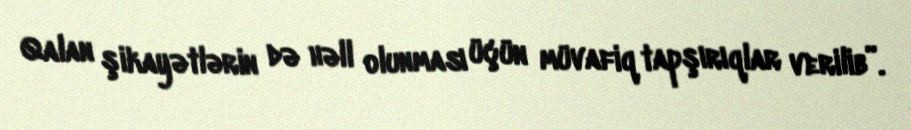
Qalan şikayətlərin də həll olunması üçün müvafiq tapşırıqlar verilib”.